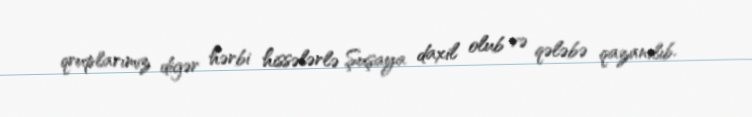
qruplarımız digər hərbi hissələrlə Şuşaya daxil olub və qələbə qazanılıb.